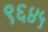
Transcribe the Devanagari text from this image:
९६४५